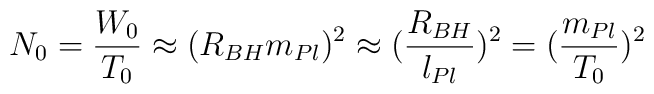
N_0 = \frac {W_0}{T_0} \approx (R_{BH} m_{Pl})^2 \approx (\frac {R_{BH}}{l_{Pl}})^2 = (\frac {m_{Pl}}{T_0})^2